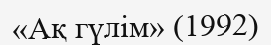
«Ақ гүлім» (1992)